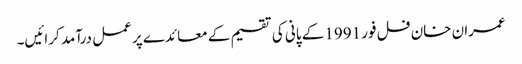
عمران خان فل فور 1991 کے پانی کی تقسیم کے معائدے پر عمل درآمد کرائیں۔